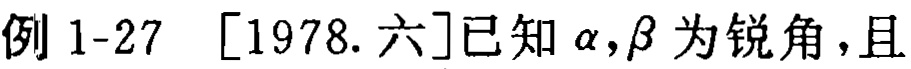
例 1-27 [1978. 六]已知\(\alpha,\beta\)为锐角，且